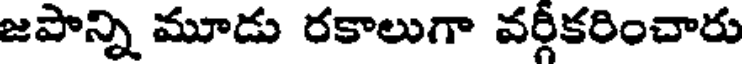
జపాన్ని మూడు రకాలుగా వర్గీకరించారు